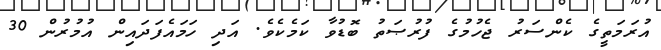
އުރަމަތީގެ ކެންސަރު ޖެހުމުގެ ފުރުޞަތު ބޮޑުވާ ކަމެކެވެ. އަދި ހަމައެފަދައިން އުމުރުން 30